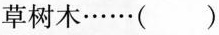
草树木······( )